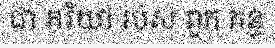
ជា ភរិយា របស់ ពួក គន្ធ